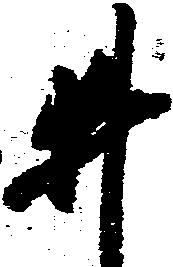
井